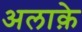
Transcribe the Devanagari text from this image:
अलाक़े